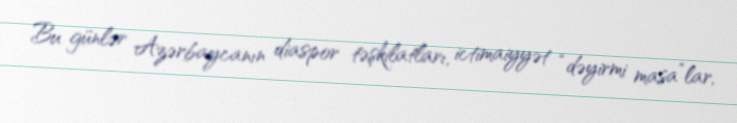
Bu günlər Azərbaycanın diaspor təşkilatları, ictimaiyyət “dəyirmi masa”lar,